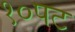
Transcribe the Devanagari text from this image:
१०पट